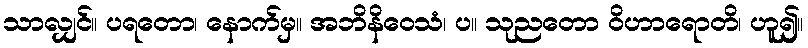
သာလျှင်။ ပရတော၊ နောက်မှ။ အဘိနိဝေသံ၊ ပ။ သုညတော ဝိဟာရောတိ၊ ဟူ၍။